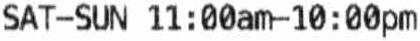
SAT-SUN 11 : 00AM- 10 : 00PM